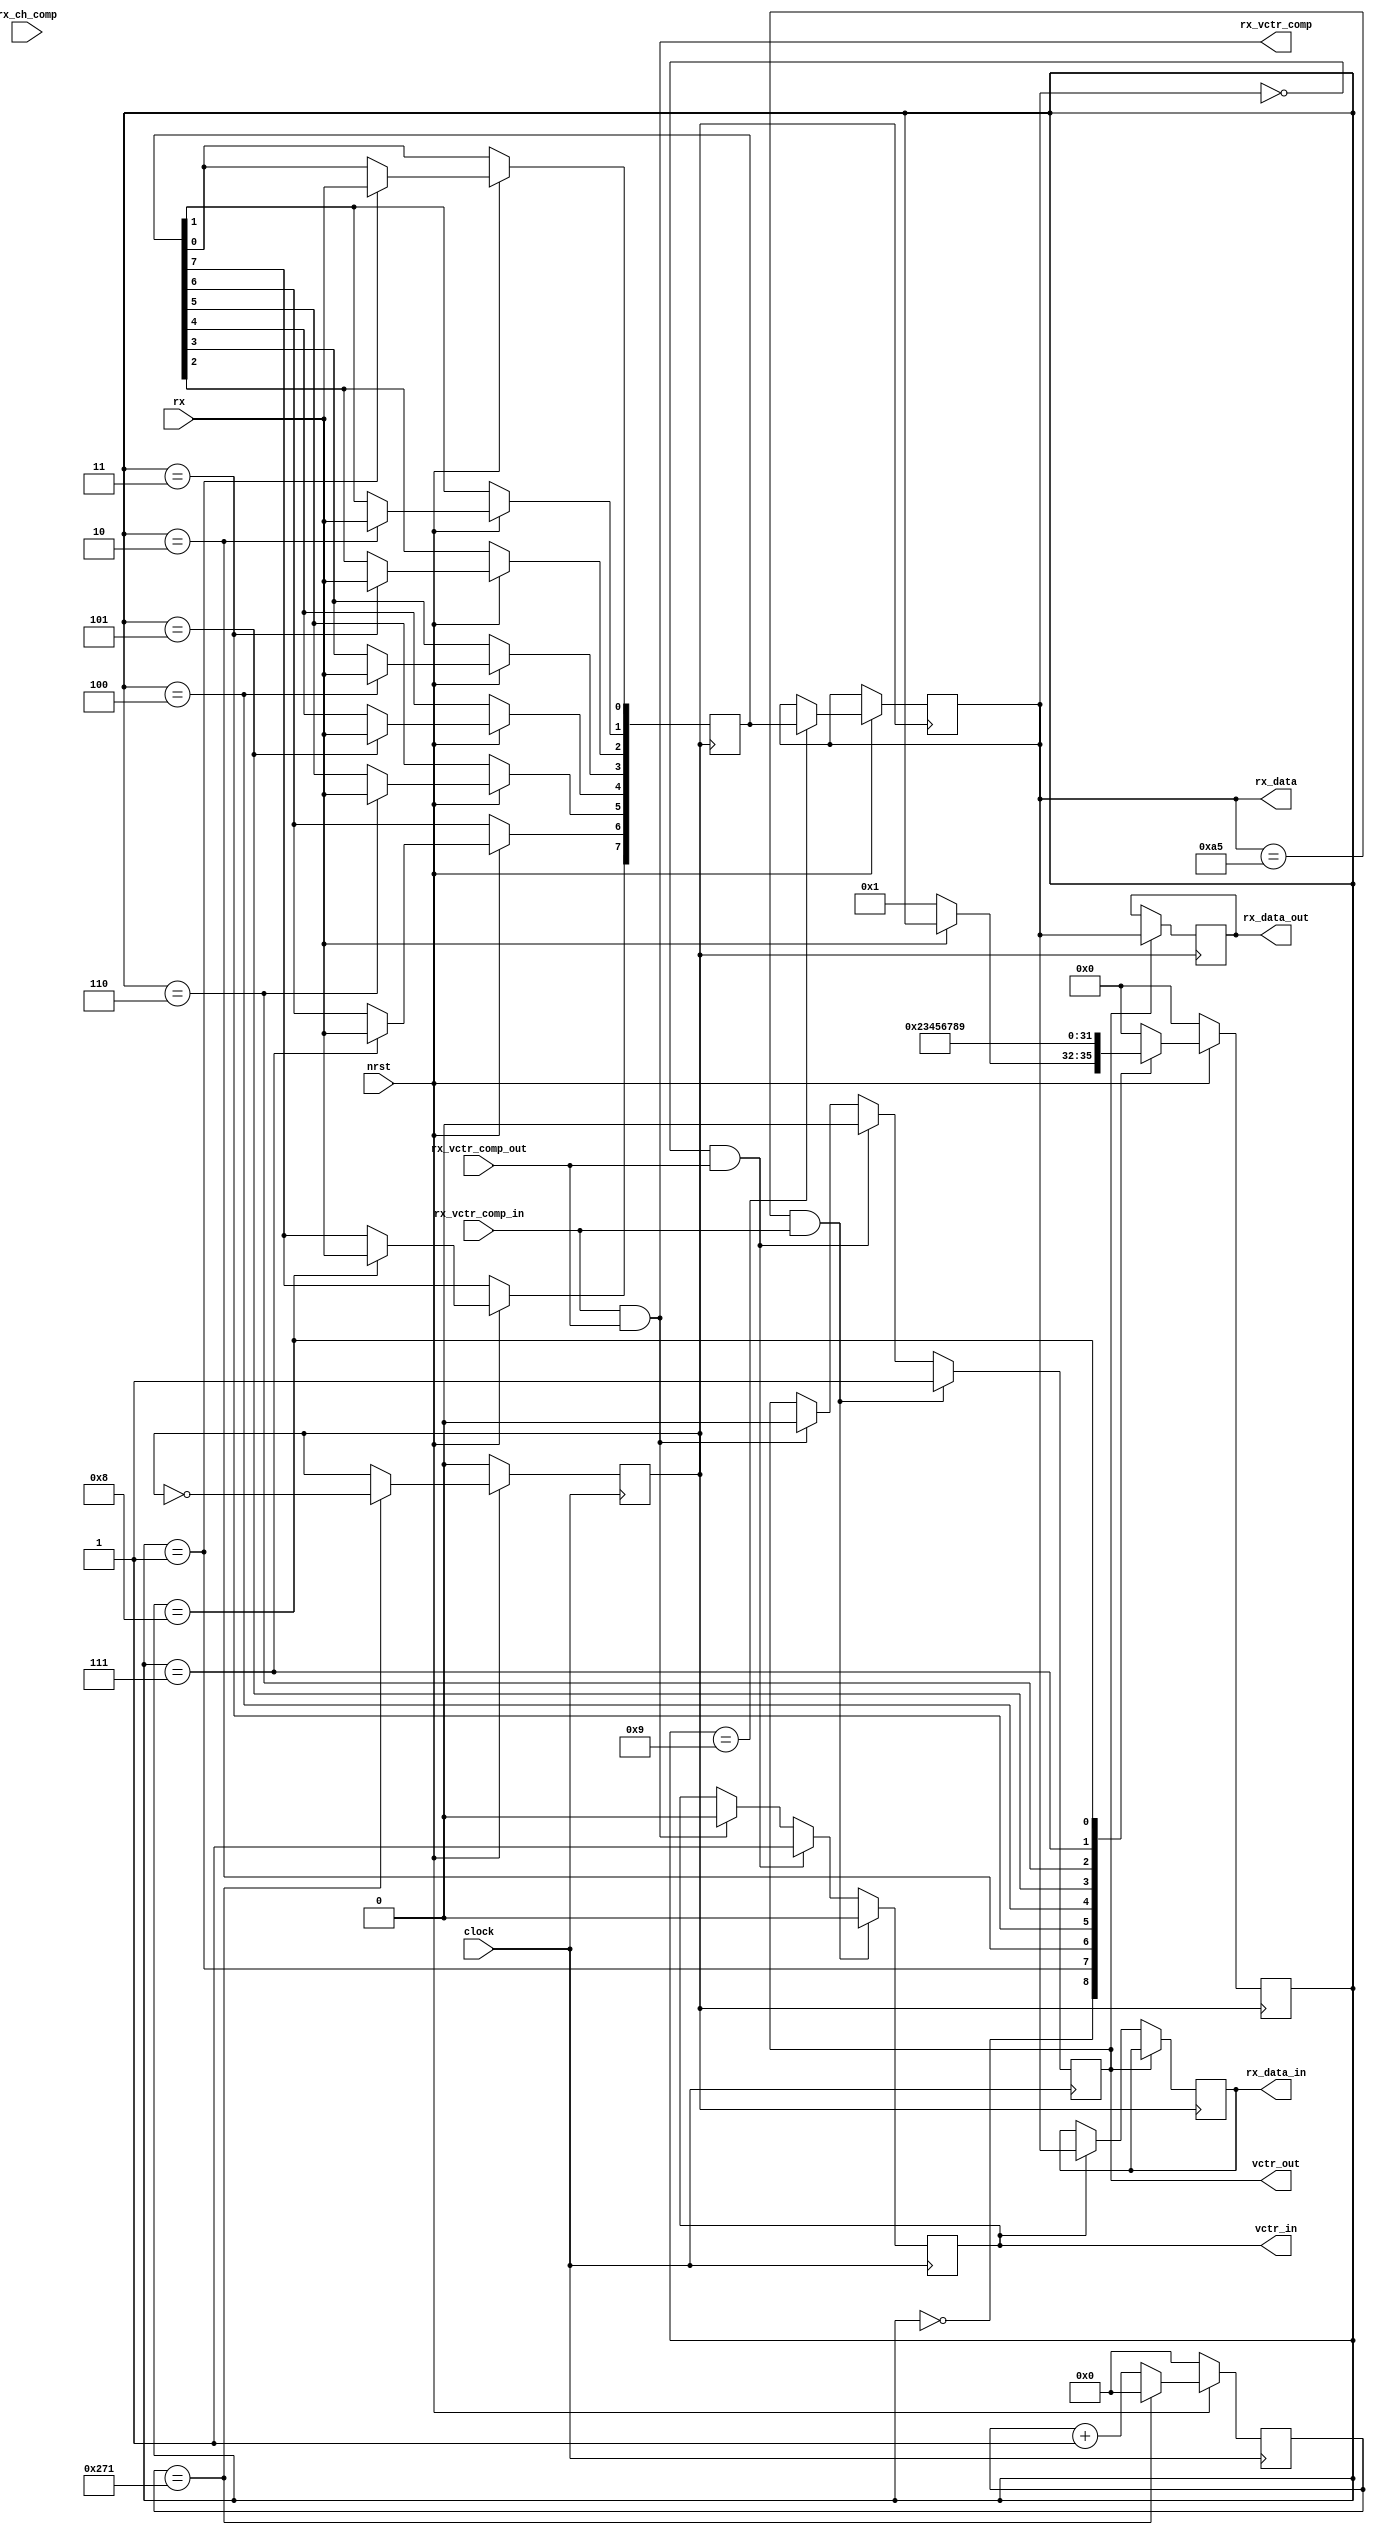
module rx (
	input		nrst,
	input		clock,
	input		rx,
	input		rx_vctr_comp_out,
	input		rx_vctr_comp_in,
	output	reg	[7:0]	rx_data,
	output	reg			vctr_out = 0,
	output	reg			vctr_in = 0,
	output	reg	[7:0]	rx_data_out,
	output	reg	[7:0]	rx_data_in,
	output		rx_vctr_comp,
	input		rx_ch_comp
	);
	
	reg [3:0] 	rx_state = 0;
	reg	[31:0]	clock_counter = 0; 
	wire[12:0]	clock_div;
	reg			bit_clock = 0;
	reg [2:0]	i = 0;
	reg			rx_complete = 1;
	reg [07:0] rx_buffer;

	reg	[10:0]	clocker = 0;
	assign 		clock_div = 625;
	assign 		rx_vctr_comp = rx_vctr_comp_in & rx_vctr_comp_out;

	
	parameter	idle	=	0;
	parameter	s00		=	1;
	parameter	s01		=	2;
	parameter	s02		=	3;
	parameter	s03		=	4;
	parameter	s04		=	5;
	parameter	s05		=	6;
	parameter	s06		=	7;
	parameter	s07		=	8;
	parameter	stop	=	9;
	
	always@(posedge clock)
		if(!nrst) begin
			clock_counter <= 0;
			end
		else if (clock_counter == clock_div) begin
			clock_counter <= 0;
			end
		else begin
			clock_counter <= clock_counter + 1;
			end
			
	always@(posedge clock)
		if(!nrst)
			bit_clock <= 0;
		else if (clock_counter == clock_div)
			bit_clock <= ~bit_clock;
		else
			bit_clock <= bit_clock;
						
	
	always@(posedge clock)
		if(clocker < 10)
			rx_complete <= 0;
		else
			rx_complete <= 1;
			
	
	always@(posedge bit_clock)
		if(rx_state == idle)
			if(clocker != 20)
				clocker <= clocker + 1;
			else
				clocker <= clocker;
		else 
			clocker <= -1;
			
	always@(posedge clock)
		if(rx_data == 8'hA5 && rx_vctr_comp_in == 1)
			begin
				vctr_out <= 1;
				vctr_in <= 0;
			end
		else if(rx_data == 8'h00 && rx_vctr_comp_out == 1)
			begin
				vctr_in <= 1;
				vctr_out <= 0;
			end
		else if(rx_vctr_comp)
			begin
				vctr_in <= 0;
				vctr_out <= 0;
			end
		else
			begin
				vctr_out <= vctr_out;
				vctr_in <= vctr_in;
			end

			
	always@(posedge bit_clock)
		if(vctr_out)
			rx_data_out <= rx_data;
		else if(vctr_in)
			rx_data_in <= rx_data;
		else
			begin
				rx_data_out <= rx_data_out;
				rx_data_in <= rx_data_in;
			end
	
			
	always@(posedge bit_clock)
		begin
			if(!nrst)
				begin
					rx_state <= idle;
				end
			else
				begin
					case(rx_state)
                idle:
                begin
                    if (rx == 0)
                        rx_state <= s00;
                end

                s00:
                begin
                    rx_buffer[0] <= rx;
                    rx_state     <= s01;
                end

                s01:
                begin
                    rx_buffer[1] <= rx;
                    rx_state     <= s02;
                end

                s02:
                begin
                    rx_buffer[2] <= rx;
                    rx_state     <= s03;
                end

                s03:
                begin
                    rx_buffer[3] <= rx;
                    rx_state     <= s04;
                end

                s04:
                begin
                    rx_buffer[4] <= rx;
                    rx_state     <= s05;
                end

                s05:
                begin
                    rx_buffer[5] <= rx;
                    rx_state     <= s06;
                end

                s06:
                begin
                    rx_buffer[6] <= rx;
                    rx_state     <= s07;
                end

                s07:
                begin
                    rx_buffer[7] <= rx;
                    rx_state     <= stop;
                end

                stop:
                begin
                    rx_data  <= rx_buffer;
                    rx_state <= idle;
                end

                default:
                begin
                    rx_state <= idle;
                end
            endcase
				end				
		end				
endmodule